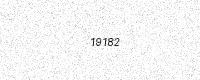
Text: 19182